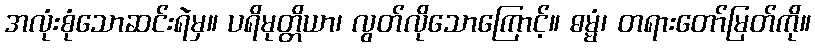
အလုံးစုံသောဆင်းရဲမှ။ ပရိမုတ္တိယာ၊ လွတ်လိုသောကြောင့်။ ဓမ္မံ၊ တရားတော်မြတ်ကို။